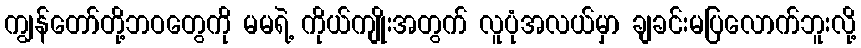
ကျွန်တော်တို့ဘဝတွေကို မမရဲ့ ကိုယ်ကျိုးအတွက် လူပုံအလယ်မှာ ချခင်းမပြလောက်ဘူးလို့